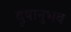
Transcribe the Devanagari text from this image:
दृषानुभव